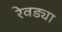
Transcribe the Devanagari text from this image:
रेवड्या